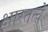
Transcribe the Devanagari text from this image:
क्षारतत्वे